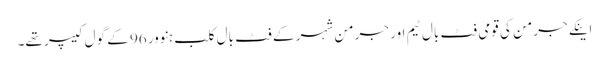
اینکے جرمن کی قومی فٹ بال ٹیم اور جرمن شہر کے فٹ بال کلب ہنوور 96 کے گول کیپر تھے۔